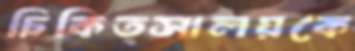
চিকিত্সালয়কে